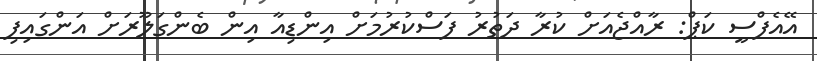
އޭއެފްސީ ކަޕް: ރާއްޖެއަށް ކުރާ ދަތުރު ފަސްކުރުމަށް އިންޑިއާ އިން ބެންގަލޫރަށް އަންގައިފި